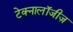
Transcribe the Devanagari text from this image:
टेक्नालॉजीज़